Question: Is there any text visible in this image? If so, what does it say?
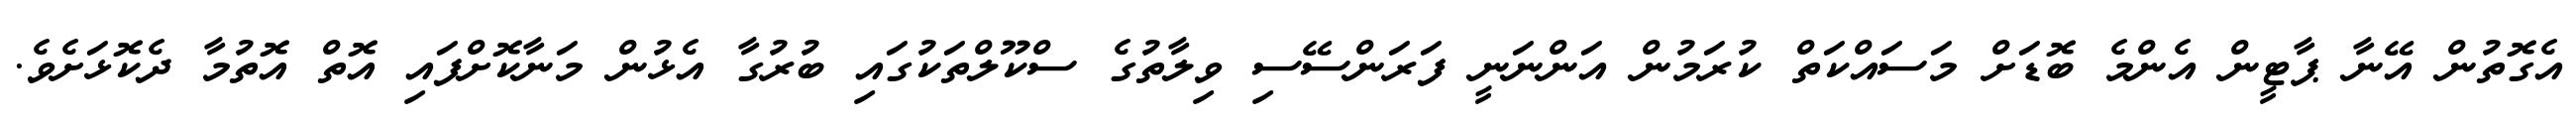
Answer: އެގޮތުން އޭނާ ޕާޓީން އެންމެ ބޮޑަށް މަސައްކަތް ކުރަމުން އަންނަނީ ފަރަންސޭސި ވިލާތުގެ ސްކޫލްތަކުގައި ބުރުގާ އެޅުން މަނާކޮށްފައި އޮތް އޮތުމާ ދެކޮޅަށެވެ.